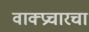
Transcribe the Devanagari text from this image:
वाक्प्रचारचा